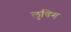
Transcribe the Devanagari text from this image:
लुविग